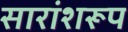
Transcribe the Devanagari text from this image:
सारांशरूप